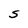
Character: S